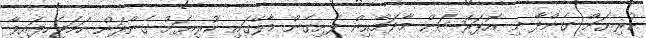
ކުރިޔަށް ގެންދާ މި އޮޕަރޭޝަން މާދަމާއިން ފެށިގެން މާލޭގައި ކުރިޔަށް ގެންދަން ހަމަޖެހިފައިވާ